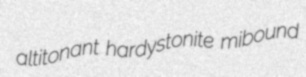
altitonant hardystonite mibound